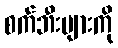
စက်ဘီးများကို